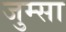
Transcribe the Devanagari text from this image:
जुम्सा